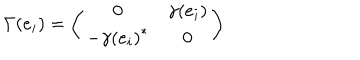
\Gamma ( e _ { i } ) = \left( \begin{matrix} { { 0 } } & { { \gamma ( e _ { i } ) } } \\ { { - { \gamma ( e _ { i } ) } ^ { * } } } & { { 0 } } \\ \end{matrix} \right)